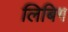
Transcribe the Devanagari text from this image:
लिबिग